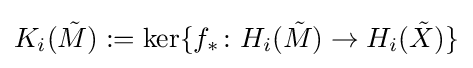
K_{i}({\tilde {M}}):=\mathrm {ker} \{f_{*}\colon H_{i}({\tilde {M}})\rightarrow H_{i}({\tilde {X}})\}